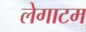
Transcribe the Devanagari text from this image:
लेगाटम